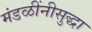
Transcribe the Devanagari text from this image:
मंडळींनीसुद्धा